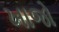
ખાજો